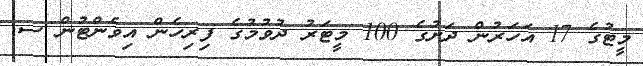
މީޓުގެ 17 އަހަރުން ދަށުގެ 100 މީޓަރު ދުވުމުގެ ފިރިހެން އިވެންޓުން ސ.